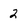
Character: 2